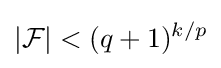
|{\mathcal {F}}|<(q+1)^{k/p}